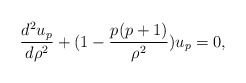
\begin{align*}{{d^2 u_p}\over{d\rho ^2}} +(1-{{p(p+1)}\over {\rho ^2}})u_p =0, \end{align*}